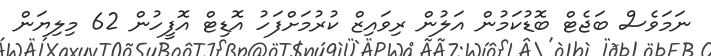
ނަމަވެސް ބަޖެޓް ބޮޑުކަމުން އަލުން ރިވައިޒް ކުރުމަށްފަހު އޮޑިޓް އޮފީހުން 62 މިލިޔަން